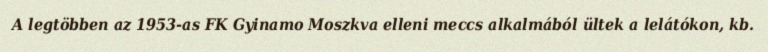
A legtöbben az 1953-as FK Gyinamo Moszkva elleni meccs alkalmából ültek a lelátókon, kb.